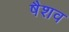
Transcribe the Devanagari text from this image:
षैशव